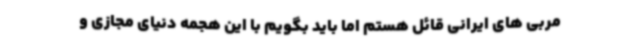
مربی های ایرانی قائل هستم اما باید بگویم با این هجمه دنیای مجازی و